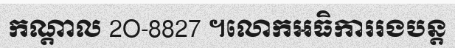
កណ្តាល 2O-8827 ។លោកអធិការរងបន្ត